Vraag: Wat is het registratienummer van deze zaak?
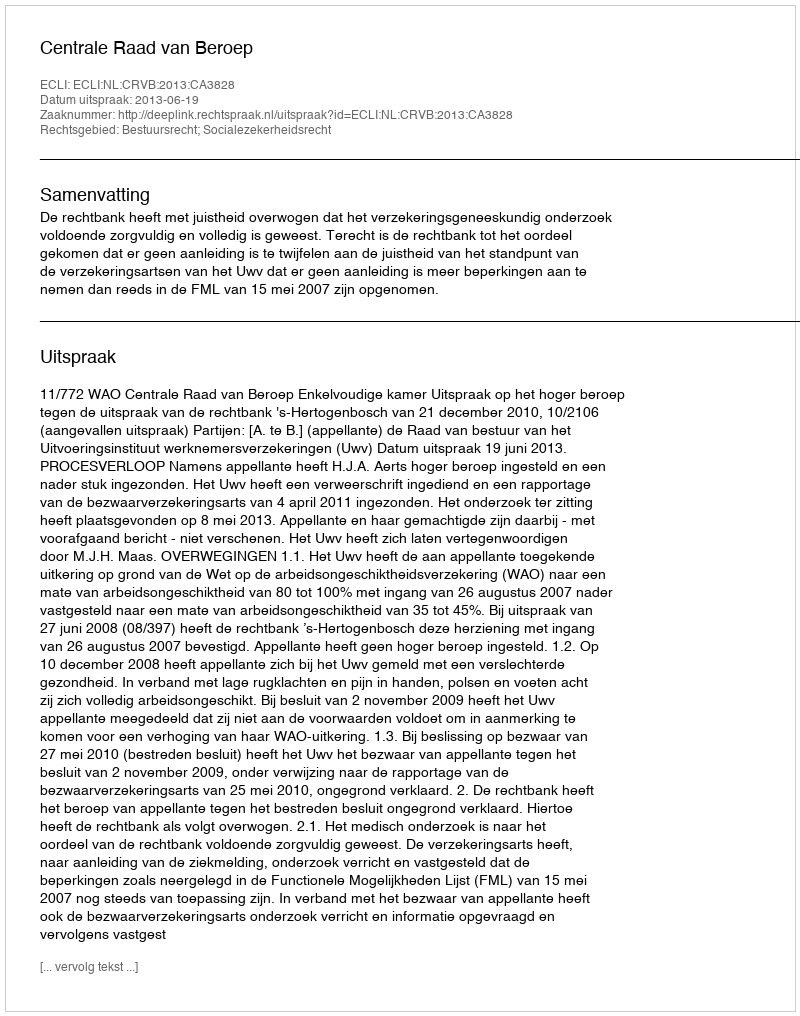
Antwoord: http://deeplink.rechtspraak.nl/uitspraak?id=ECLI:NL:CRVB:2013:CA3828